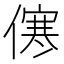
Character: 㒏